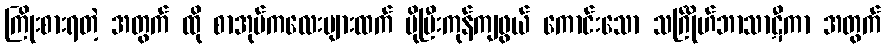
ကြိုးစားရတဲ့ အတွက် ထို စာအုပ်ကလေးများထက် ပိုပြီးကုန်ကျဖွယ် ကောင်းသော သင်္ဂြိုဟ်ဘာသာဋီကာ အတွက်